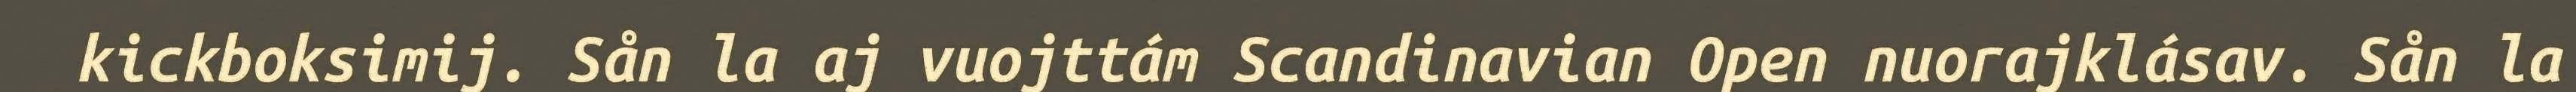
kickboksimij. Sån la aj vuojttám Scandinavian Open nuorajklásav. Sån la